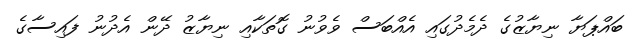
ބައްޕަޔާ ނިޔާޒުގެ ދެމެދުގައި އެއްބަސް ވެވުނު ގޮތަކާއި ނިޔާޒު ދޭން އެދުނު ފައިސާގެ